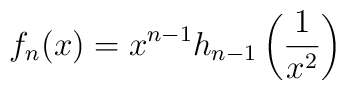
f_n(x)=x^{n-1}h_{n-1}\left(\frac{1}{x^2}\right)